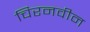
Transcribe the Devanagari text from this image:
चिरनवीन